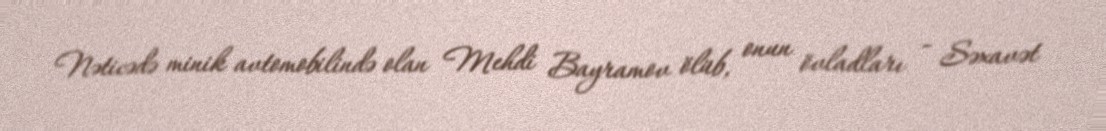
Nəticədə minik avtomobilində olan Mehdi Bayramov ölüb, onun övladları - Səxavət